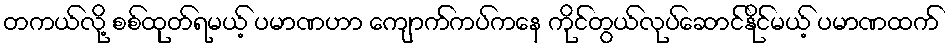
တကယ်လို့ စစ်ထုတ်ရမယ့် ပမာဏဟာ ကျောက်ကပ်ကနေ ကိုင်တွယ်လုပ်ဆောင်နိုင်မယ့် ပမာဏထက်